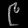
Digit: ၉